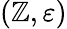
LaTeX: (\mathbb{Z},\varepsilon)